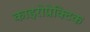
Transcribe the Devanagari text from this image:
काइरोप्रेक्टिक